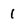
Character: 1